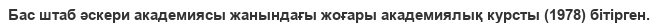
Бас штаб әскери академиясы жанындағы жоғары академиялық курсты (1978) бітірген.